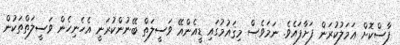
ފާސްކޮށް ޢަމަލުކުރަން ފަށާފައެވެ. ނަމަވެސް މިޤައުމުގައި ޑީއެންއޭ ވަސީލަތް ބޭނުންކުރަނީ އެހެނިހެން ވަސީލަތްތަކުން